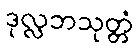
ဒုလ္လဘသုတ္တံ